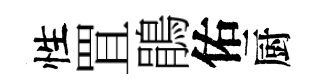
性罝鵑佑厨